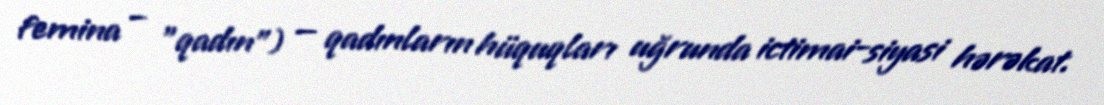
femina – "qadın") — qadınların hüquqları uğrunda ictimai-siyasi hərəkat.